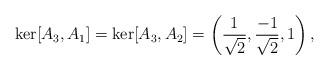
LaTeX: \begin{align*}\mathrm{ker} [A_3,A_1] = \mathrm{ker}[A_3,A_2] = \left(\frac{1}{\sqrt{2}}, \frac{-1}{\sqrt{2}},1 \right),\end{align*}